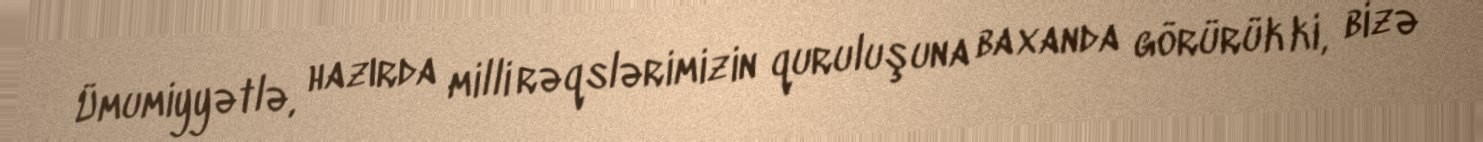
Ümumiyyətlə, hazırda milli rəqslərimizin quruluşuna baxanda görürük ki, bizə